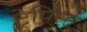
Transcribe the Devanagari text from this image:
ट्रेपिस्ट